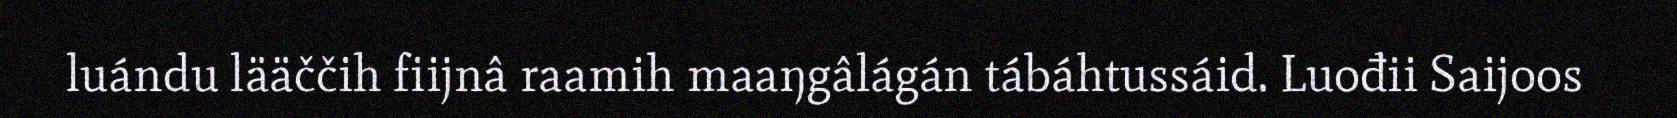
luándu lääččih fiijnâ raamih maaŋgâlágán tábáhtussáid. Luođii Saijoos